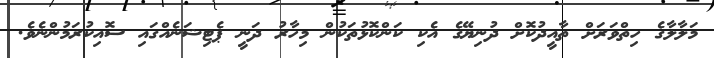
މަލާލާގެ ހިތްވަރަށް ތާއީދުކޮށް ދުނިޔޭގެ އެކި ކަންކޮޅުތަކުން މިހާރު ދަނީ ޕެޓިޝަނެއްގައި ސޮއިކުރަމުންނެވެ.